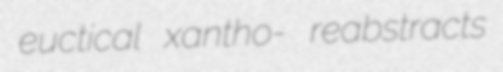
euctical xantho- reabstracts